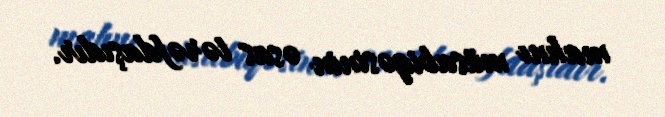
mahnı müsabiqəsinin əsas tərəfdaşıdır.